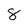
Character: 8